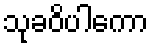
သုခဝိပါကော